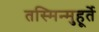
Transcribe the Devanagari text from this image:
तस्मिन्मुहूर्ते